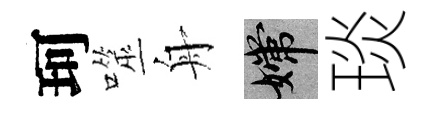
珂噬舟嫦琰